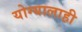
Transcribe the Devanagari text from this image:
योग्यालाही